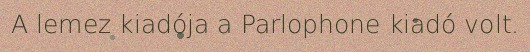
A lemez kiadója a Parlophone kiadó volt.